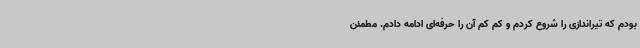
بودم که تیراندازی را شروع کردم و کم کم آن را حرفه‌ای ادامه دادم. مطمئن